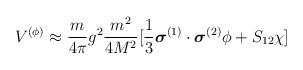
LaTeX: \begin{align*}V^{(\phi)} \approx \frac{m}{4 \pi} g^{2} \frac{m^{2}}{4M^{2}}[\frac{1}{3} \mbox{\boldmath $\sigma$}^{(1)} \cdot \mbox{\boldmath $\sigma$}^{(2)} \phi + S_{12} \chi] \end{align*}